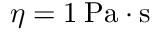
\eta = 1 \: \mathrm { P a \cdot s }